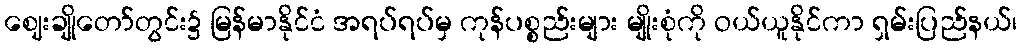
ဈေးချိုတော်တွင်း၌ မြန်မာနိုင်ငံ အရပ်ရပ်မှ ကုန်ပစ္စည်းများ မျိုးစုံကို ဝယ်ယူနိုင်ကာ ရှမ်းပြည်နယ်၊